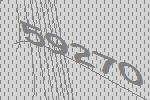
59270